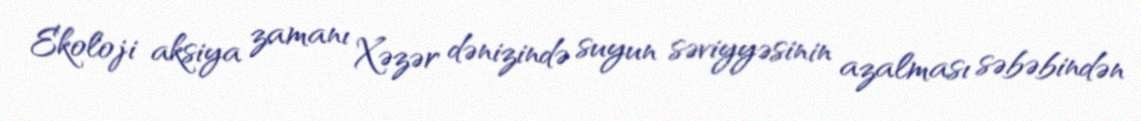
Ekoloji aksiya zamanı Xəzər dənizində suyun səviyyəsinin azalması səbəbindən